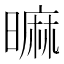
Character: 𣊍